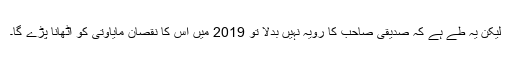
لیکن یہ طے ہے کہ صدیقی صاحب کا رویہ نہیں بدلا تو 2019 میں اس کا نقصان مایاوتی کو اٹھانا پڑے گا۔